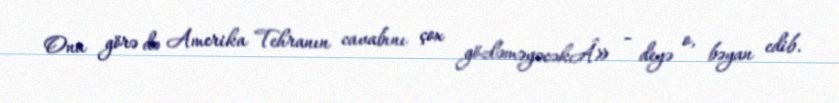
Ona görə də Amerika Tehranın cavabını çox gözləməyəcəkÂ» - deyə o, bəyan edib.